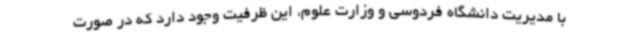
با مدیریت دانشگاه فردوسی و وزارت علوم، این ظرفیت وجود دارد که در صورت